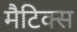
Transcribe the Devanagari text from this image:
मैटिक्स